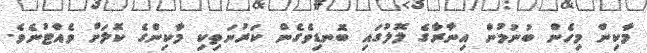
މާކިން މިހެން ބުނުމުން އިނާރާގެ ލޮލުގައި ބޮނޑިވެގެން ކަރުނަތިކި މާކިންގެ ކޮލަށް ވެއްޓުނެވެ.